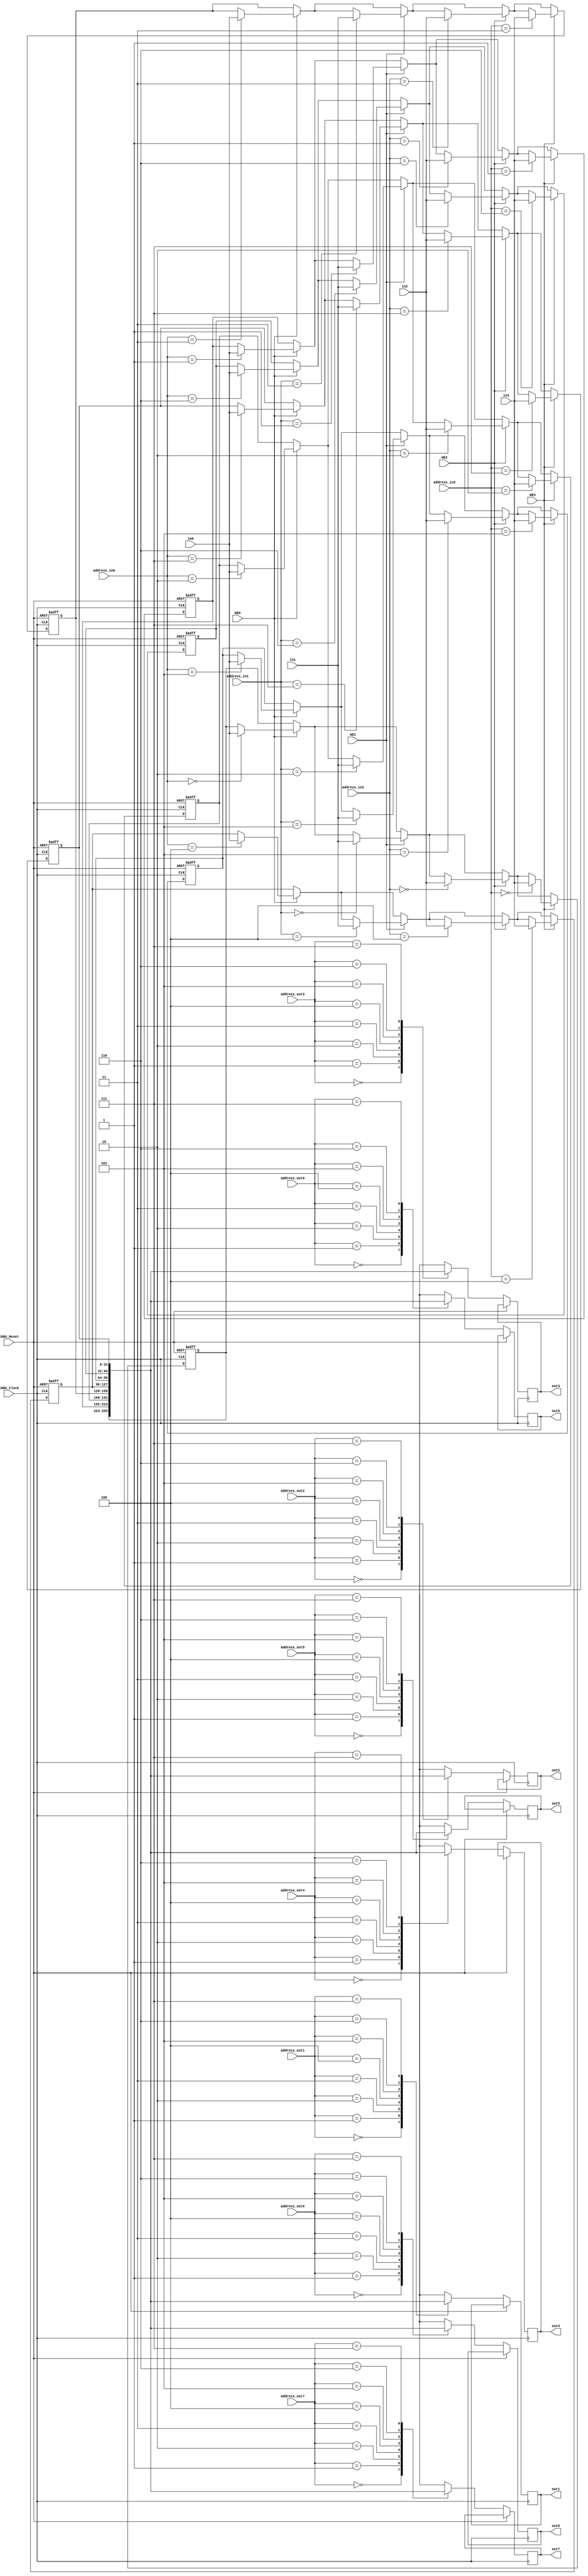
`timescale 1ns/1ps
module registerFile_4in_8out_32b(CGRA_Clock, CGRA_Reset, WE0, WE1, WE2, WE3, address_in0, address_in1, address_in2, address_in3, address_out0, address_out1, address_out2, address_out3, address_out4, address_out5, address_out6, address_out7, in0, in1, in2, in3, out0, out1, out2, out3, out4, out5, out6, out7);
    parameter log2regs = 3;
    parameter size = 32;
    // Specifying the ports
    input CGRA_Clock, CGRA_Reset;
    input WE0;
    input WE1;
    input WE2;
    input WE3;
    input [log2regs-1:0] address_in0;
    input [log2regs-1:0] address_in1;
    input [log2regs-1:0] address_in2;
    input [log2regs-1:0] address_in3;
    input [log2regs-1:0] address_out0;
    input [log2regs-1:0] address_out1;
    input [log2regs-1:0] address_out2;
    input [log2regs-1:0] address_out3;
    input [log2regs-1:0] address_out4;
    input [log2regs-1:0] address_out5;
    input [log2regs-1:0] address_out6;
    input [log2regs-1:0] address_out7;
    input [size-1:0] in0;
    input [size-1:0] in1;
    input [size-1:0] in2;
    input [size-1:0] in3;
    output reg [size-1:0] out0;
    output reg [size-1:0] out1;
    output reg [size-1:0] out2;
    output reg [size-1:0] out3;
    output reg [size-1:0] out4;
    output reg [size-1:0] out5;
    output reg [size-1:0] out6;
    output reg [size-1:0] out7;

    // Setting the always blocks and inside registers
    reg [size-1:0] register[2**log2regs-1:0];
    always@(posedge CGRA_Clock, posedge CGRA_Reset)
        if(CGRA_Reset)
            begin : RESET
                integer i;
                for (i = 0; i < 2**log2regs; i = i+1)
                    register[i] <= 0;
            end
        else
            begin
                out0 <= register[address_out0];
                out1 <= register[address_out1];
                out2 <= register[address_out2];
                out3 <= register[address_out3];
                out4 <= register[address_out4];
                out5 <= register[address_out5];
                out6 <= register[address_out6];
                out7 <= register[address_out7];
                if(WE0)
                    register[address_in0] <= in0;
                if(WE1)
                    register[address_in1] <= in1;
                if(WE2)
                    register[address_in2] <= in2;
                if(WE3)
                    register[address_in3] <= in3;
            end
endmodule